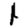
Digit: 1